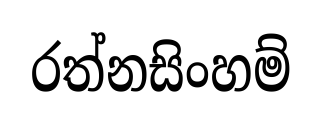
රත්නසිංහම්